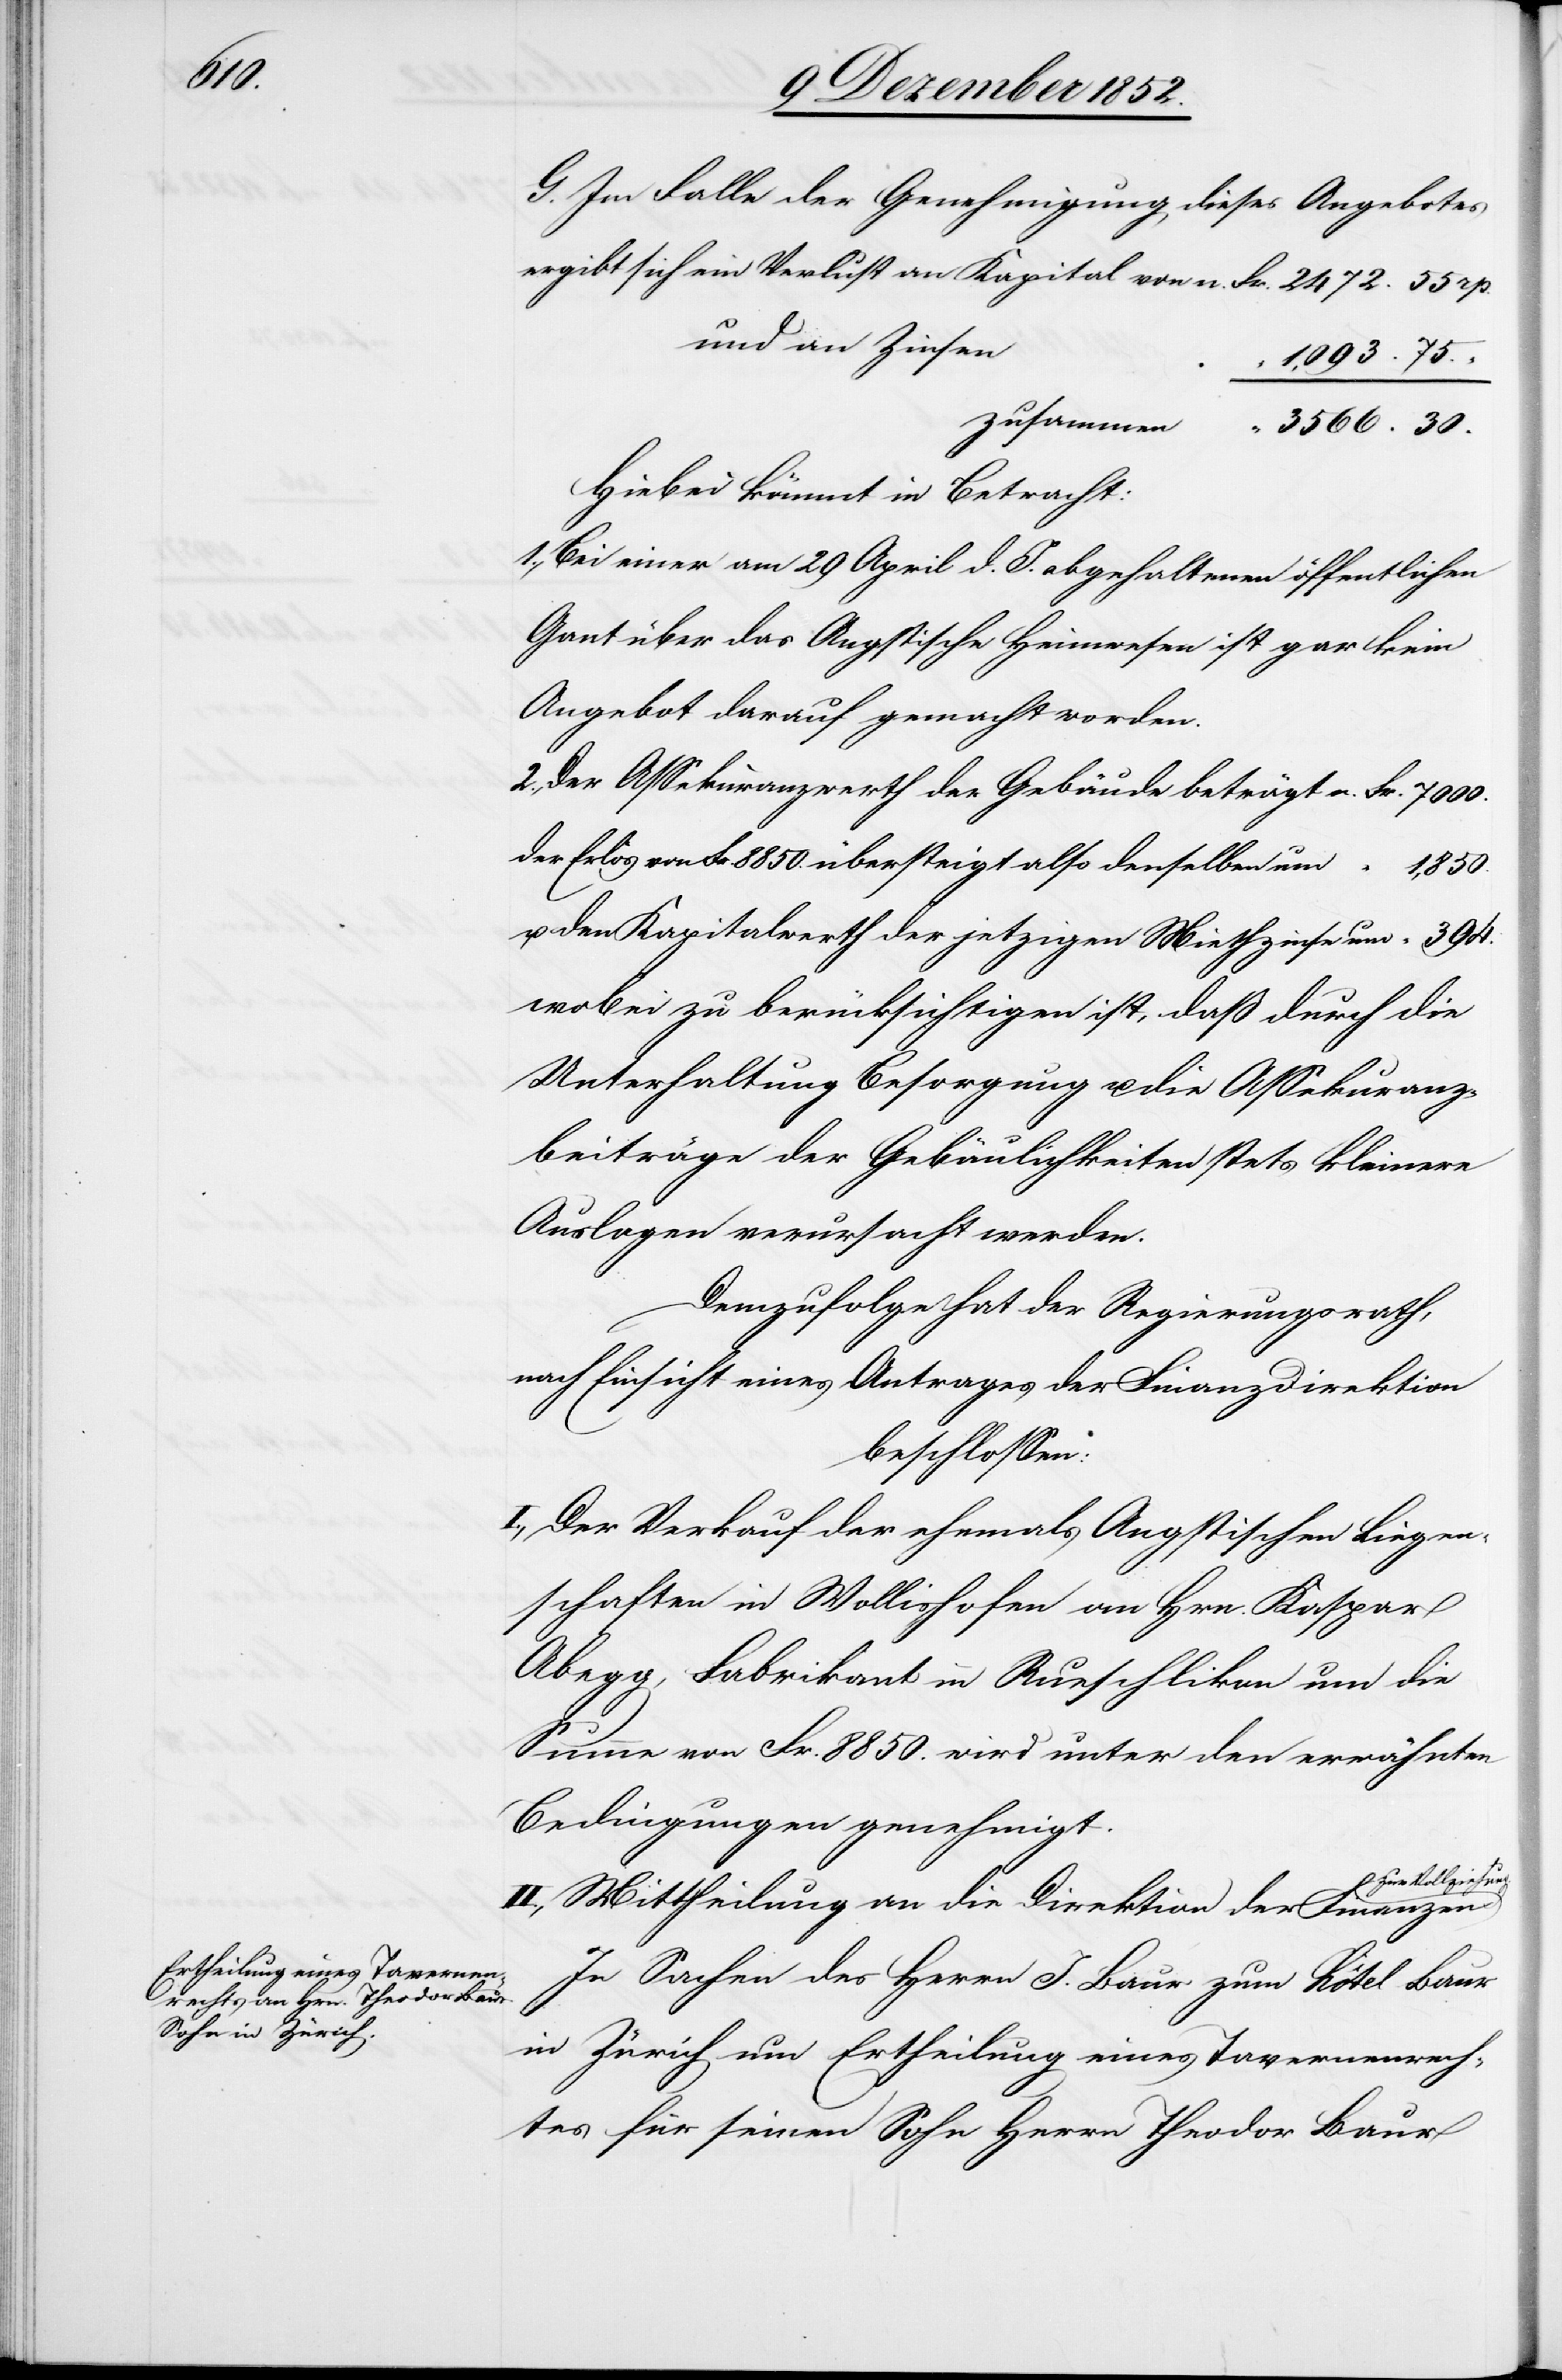
30.

G. Im Falle der Genehmigung dieses Angebotes
und an Zinsen
1,093. 75.
Hiebei kömmt in Betracht:
1., Bei einer am 29 April d. J. abgehaltenen öffentlichen
Gant über das Angstische Heimwesen ist gar kein
Angebot darauf gemacht worden.
2., Der Assekuranzwerth der Gebäude beträgt
der Erlös von Fr. 8850. übersteigt also denselben um
u. den Kapitalwerth der jetzigen Miethzinse um
wobei zu berücksichtigen ist, daß durch die
Unterhaltung[,] Besorgung u. die Assekuranz¬
beiträge der Gebäulichkeiten stets kleinere
Auslagen verursacht werden.
Demzufolge hat der Regierungsrath,
nach Einsicht eines Antrages der Finanzdirektion
beschlossen:
I., Der Verkauf der ehemals Angstischen Liegen¬
schaften in Wollishofen an Hrn. Kaspar
Abegg, Fabrikant in Rueschlikon um die
Summe von Fr. 8850. wird unter den erwähnten
Bedingungen genehmigt.
zur Vollziehung.
II., Mittheilung an die Direktion der Finanzen
In Sachen des Herrn J. Baur zum Hôtel Baur
in Zürich um Ertheilung eines Tavernenrech¬
tes für seinen Sohn Herrn Theodor Baur